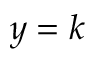
y = k